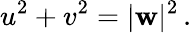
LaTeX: u^{2}+v^{2}=|\mathbf{w}|^{2}\, .